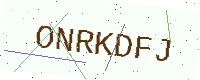
Text: ONRKDFJ